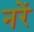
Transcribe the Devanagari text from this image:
नरें